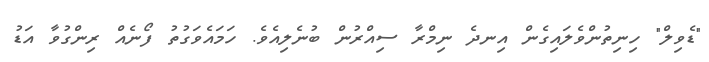
"ޑެވިލް" ހިނިތުންވެލައިގެން އިނދެ ނިމްރާ ސިއްރުން ބުނެލިއެވެ. ހަމައެވަގުތު ފޯނެއް ރިންގުވާ އަޑު